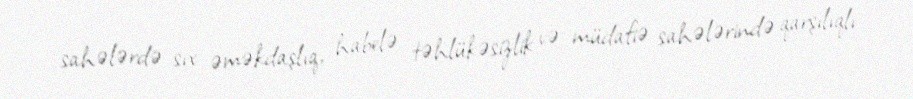
sahələrdə sıx əməkdaşlıq, habelə təhlükəsizlik və müdafiə sahələrində qarşılıqlı